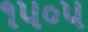
૧૫૦૫